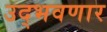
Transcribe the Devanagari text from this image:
उद्‌भवणार